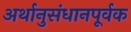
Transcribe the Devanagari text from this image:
अर्थानुसंधानपूर्वक